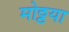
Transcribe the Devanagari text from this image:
मोठ्ठया